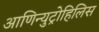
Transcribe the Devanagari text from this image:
आणिन्युट्रोहिलिस